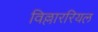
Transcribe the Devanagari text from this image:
विल्लाररियल